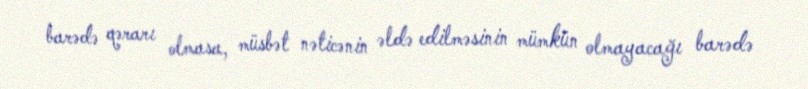
barədə qərarı olmasa, müsbət nəticənin əldə edilməsinin mümkün olmayacağı barədə